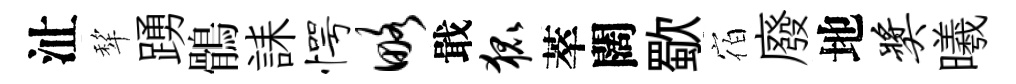
沚犂踴鶻誄愕略戢狐萃闊歜宿廢地奖曦